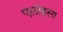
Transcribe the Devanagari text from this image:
एलोइसा